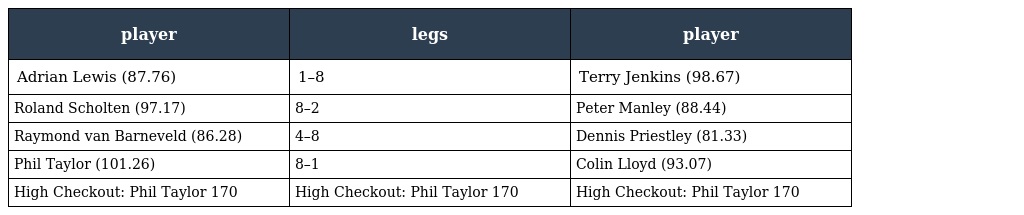
| player | legs | player |
 | --- | --- | --- |
 | Adrian Lewis (87.76) | 1–8 | Terry Jenkins (98.67) |
 | Roland Scholten (97.17) | 8–2 | Peter Manley (88.44) |
 | Raymond van Barneveld (86.28) | 4–8 | Dennis Priestley (81.33) |
 | Phil Taylor (101.26) | 8–1 | Colin Lloyd (93.07) |
 | High Checkout: Phil Taylor 170 | High Checkout: Phil Taylor 170 | High Checkout: Phil Taylor 170 |